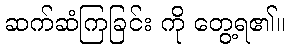
ဆက်ဆံကြခြင်း ကို တွေ့ရ၏။